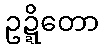
ဥဍ္ဍိတော